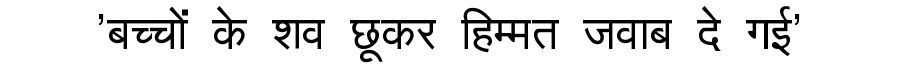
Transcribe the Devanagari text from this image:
'बच्चों के शव छूकर हिम्मत जवाब दे गई'